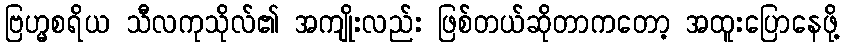
ဗြဟ္မစရိယ သီလကုသိုလ်၏ အကျိုးလည်း ဖြစ်တယ်ဆိုတာကတော့ အထူးပြောနေဖို့